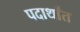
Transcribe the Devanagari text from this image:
पदार्थांंत